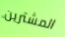
المشترين